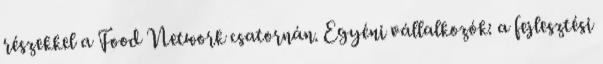
részekkel a Food Network csatornán. Egyéni vállalkozók: a fejlesztési